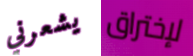
يشعرني لإختراق